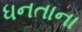
ધનતાના